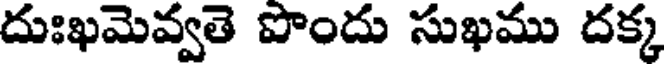
దుఃఖమెవ్వతె పొందు సుఖము దక్క